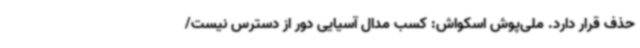
حذف قرار دارد. ملی‌پوش اسکواش: کسب مدال آسیایی دور از دسترس نیست/